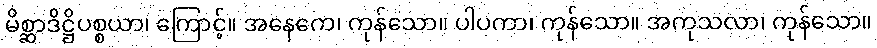
မိစ္ဆာဒိဋ္ဌိပစ္စယာ၊ ကြောင့်။ အနေကေ၊ ကုန်သော။ ပါပကာ၊ ကုန်သော။ အကုသလာ၊ ကုန်သော။